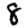
Digit: 8